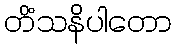
တိံသနိပါတော